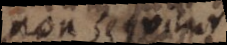
non seeit